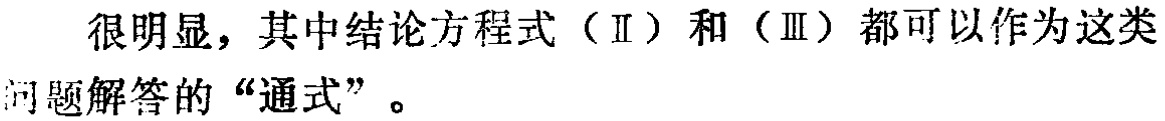
很明显，其中结论方程式（Ⅱ）和（Ⅲ）都可以作为这类问题解答的“通式”。